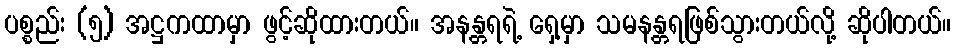
ပစ္စည်း (၅) အဋ္ဌကထာမှာ ဖွင့်ဆိုထားတယ်။ အနန္တရရဲ့ ရှေ့မှာ သမနန္တရဖြစ်သွားတယ်လို့ ဆိုပါတယ်။